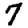
Digit: 7